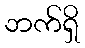
ဘက်ရှိ